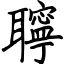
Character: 聹